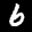
Label: 6